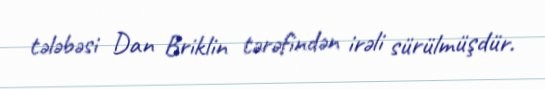
tələbəsi Dan Briklin tərəfindən irəli sürülmüşdür.